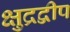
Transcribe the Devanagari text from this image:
क्षुद्रद्वीप